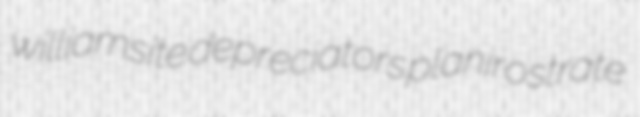
williamsite depreciators planirostrate